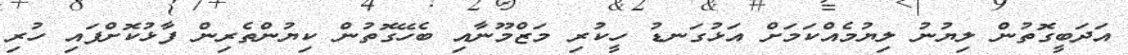
އަދަބީގޮތުން ލިޔުނު ލިޔުމެއްކަމަށް އަޅުގަނޑު ހީކުރި މަޒްމޫނާއި ބެހޭގޮތުން ކިޔުންތެރިން ފާޅުކޮށްފައި ހުރި